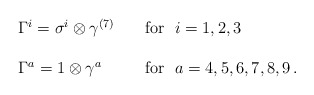
\begin{align*}\begin{array}{ll}\Gamma^{i}=\sigma^{i}\otimes\gamma^{(7)}&~~~\mbox{for~}~i=1,2,3\\{}&{}\\\Gamma^{a}=1\otimes\gamma^{a}&~~~\mbox{for~}~a=4,5,6,7,8,9\,.\end{array}\end{align*}